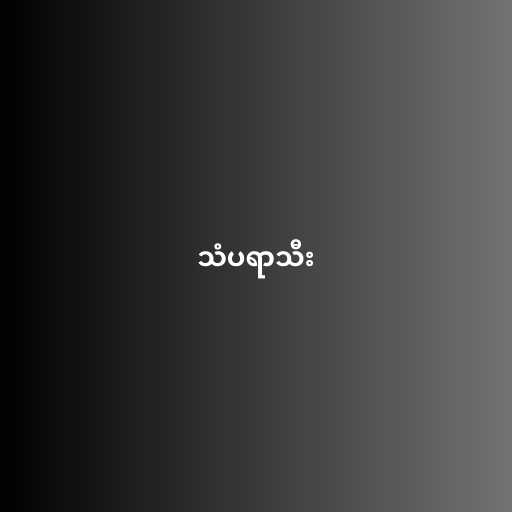
သံပရာသီး